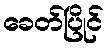
ခေတ်ပြိုင်